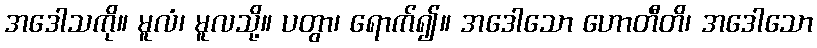
အဒေါသကို။ မူလံ၊ မူလသို့။ ပတွာ၊ ရောက်၍။ အဒေါသော ဟောတီတိ၊ အဒေါသော